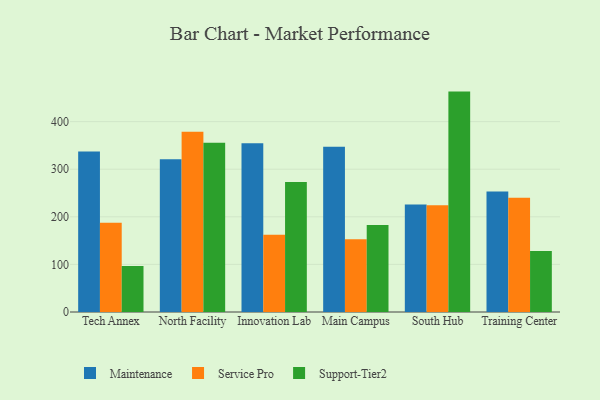
{"axis": {"x": "Campus", "y": "Gross Profit (USD K)"}, "legend": ["Maintenance", "Service Pro", "Support-Tier2"], "data": [{"x": "Tech Annex", "y": 337.0, "type": "Maintenance"}, {"x": "Tech Annex", "y": 187.5, "type": "Service Pro"}, {"x": "Tech Annex", "y": 96.5, "type": "Support-Tier2"}, {"x": "North Facility", "y": 321.1, "type": "Maintenance"}, {"x": "North Facility", "y": 378.6, "type": "Service Pro"}, {"x": "North Facility", "y": 355.6, "type": "Support-Tier2"}, {"x": "Innovation Lab", "y": 354.8, "type": "Maintenance"}, {"x": "Innovation Lab", "y": 162.5, "type": "Service Pro"}, {"x": "Innovation Lab", "y": 273.3, "type": "Support-Tier2"}, {"x": "Main Campus", "y": 347.4, "type": "Maintenance"}, {"x": "Main Campus", "y": 153.1, "type": "Service Pro"}, {"x": "Main Campus", "y": 182.9, "type": "Support-Tier2"}, {"x": "South Hub", "y": 225.9, "type": "Maintenance"}, {"x": "South Hub", "y": 224.3, "type": "Service Pro"}, {"x": "South Hub", "y": 463.1, "type": "Support-Tier2"}, {"x": "Training Center", "y": 253.3, "type": "Maintenance"}, {"x": "Training Center", "y": 240.1, "type": "Service Pro"}, {"x": "Training Center", "y": 128.4, "type": "Support-Tier2"}]}